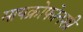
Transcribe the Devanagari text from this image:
मायक्रोफोनशी